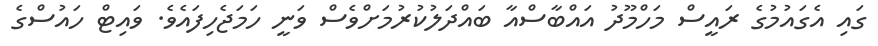
ގައި އެގައުމުގެ ރައީސް މަހްމޫދު އައްބާސްއާ ބައްދަލުކުރުމަށްވެސް ވަނީ ހަމަޖެހިފައެވެ. ވައިޓް ހައުސްގެ